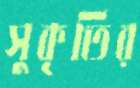
সুকৃতির